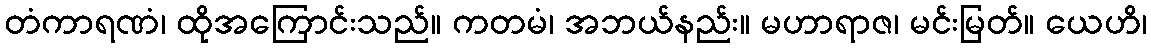
တံကာရဏံ၊ ထိုအကြောင်းသည်။ ကတမံ၊ အဘယ်နည်း။ မဟာရာဇ၊ မင်းမြတ်။ ယေဟိ၊